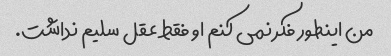
من اینطور فکر نمی کنم او فقط عقل سلیم نداشت.